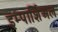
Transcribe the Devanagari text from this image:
इम्पार्शिअल